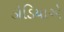
ડોડિયાએ